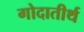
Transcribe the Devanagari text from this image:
गोदातीर्थ